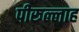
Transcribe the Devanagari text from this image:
पीरूल्लाह